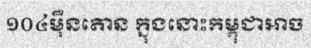
១០៤ម៉ឺនតោន ក្នុងនោះកម្ពុជាអាច